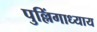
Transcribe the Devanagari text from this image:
पुल्लिंगाध्याय